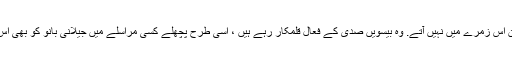
حیدرآباد کے (مرحوم) اقبال متین اس زمرے میں نہیں آتے. وہ بیسویں صدی کے فعال قلمکار رہے ہیں ، اسی طرح پچھلے کسی مراسلے میں جیلانی بانو کو بھی اس زمرے سے خارج کیا گیا ہے۔